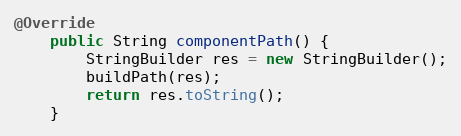
Language: Java
@Override
    public String componentPath() {
        StringBuilder res = new StringBuilder();
        buildPath(res);
        return res.toString();
    }